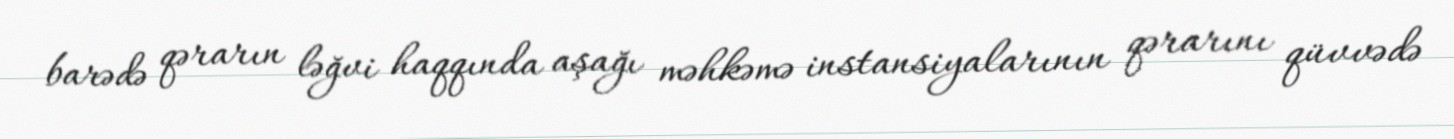
barədə qərarın ləğvi haqqında aşağı məhkəmə instansiyalarının qərarını qüvvədə